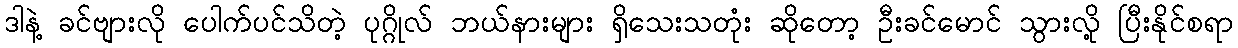
ဒါနဲ့ ခင်ဗျားလို ပေါက်ပင်သိတဲ့ ပုဂ္ဂိုလ် ဘယ်နားများ ရှိသေးသတုံး ဆိုတော့ ဦးခင်မောင် သွားလို့ ပြီးနိုင်စရာ